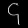
Digit: ၄